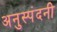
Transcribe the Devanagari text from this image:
अनुस्पंदनी